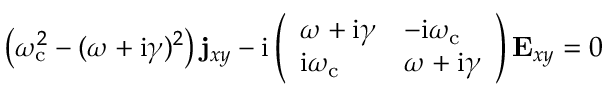
\left( \omega _ { \mathrm { c } } ^ { 2 } - ( \omega + \mathrm { i } \gamma ) ^ { 2 } \right) \mathbf { j } _ { x y } - \mathrm { i } \left( \begin{array} { l l } { \omega + \mathrm { i } \gamma } & { - \mathrm { i } \omega _ { \mathrm { c } } } \\ { \mathrm { i } \omega _ { \mathrm { c } } } & { \omega + \mathrm { i } \gamma } \end{array} \right) \mathbf { E } _ { x y } = 0